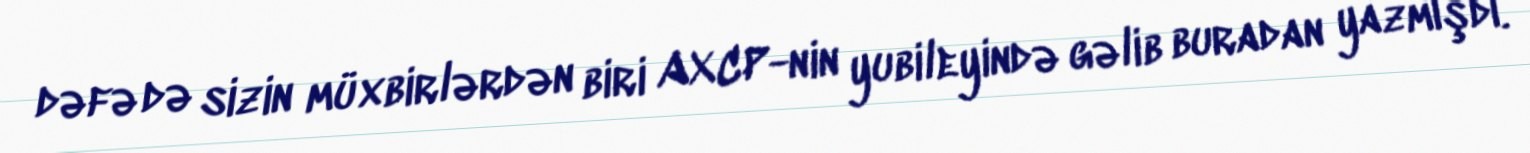
dəfə də sizin müxbirlərdən biri AXCP-nin yubileyində gəlib buradan yazmışdı.